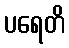
ပရေတိ